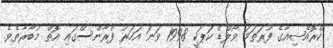
ކްރޮއޭޝިއާގެ ފުރަތަމަ ވޯލްޑް ކަޕަކީ 1998 ވަނަ އަހަރު ފްރާންސްގައި އޮތް މުބާރާތެވެ.